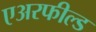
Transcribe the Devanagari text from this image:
एअरफील्ड